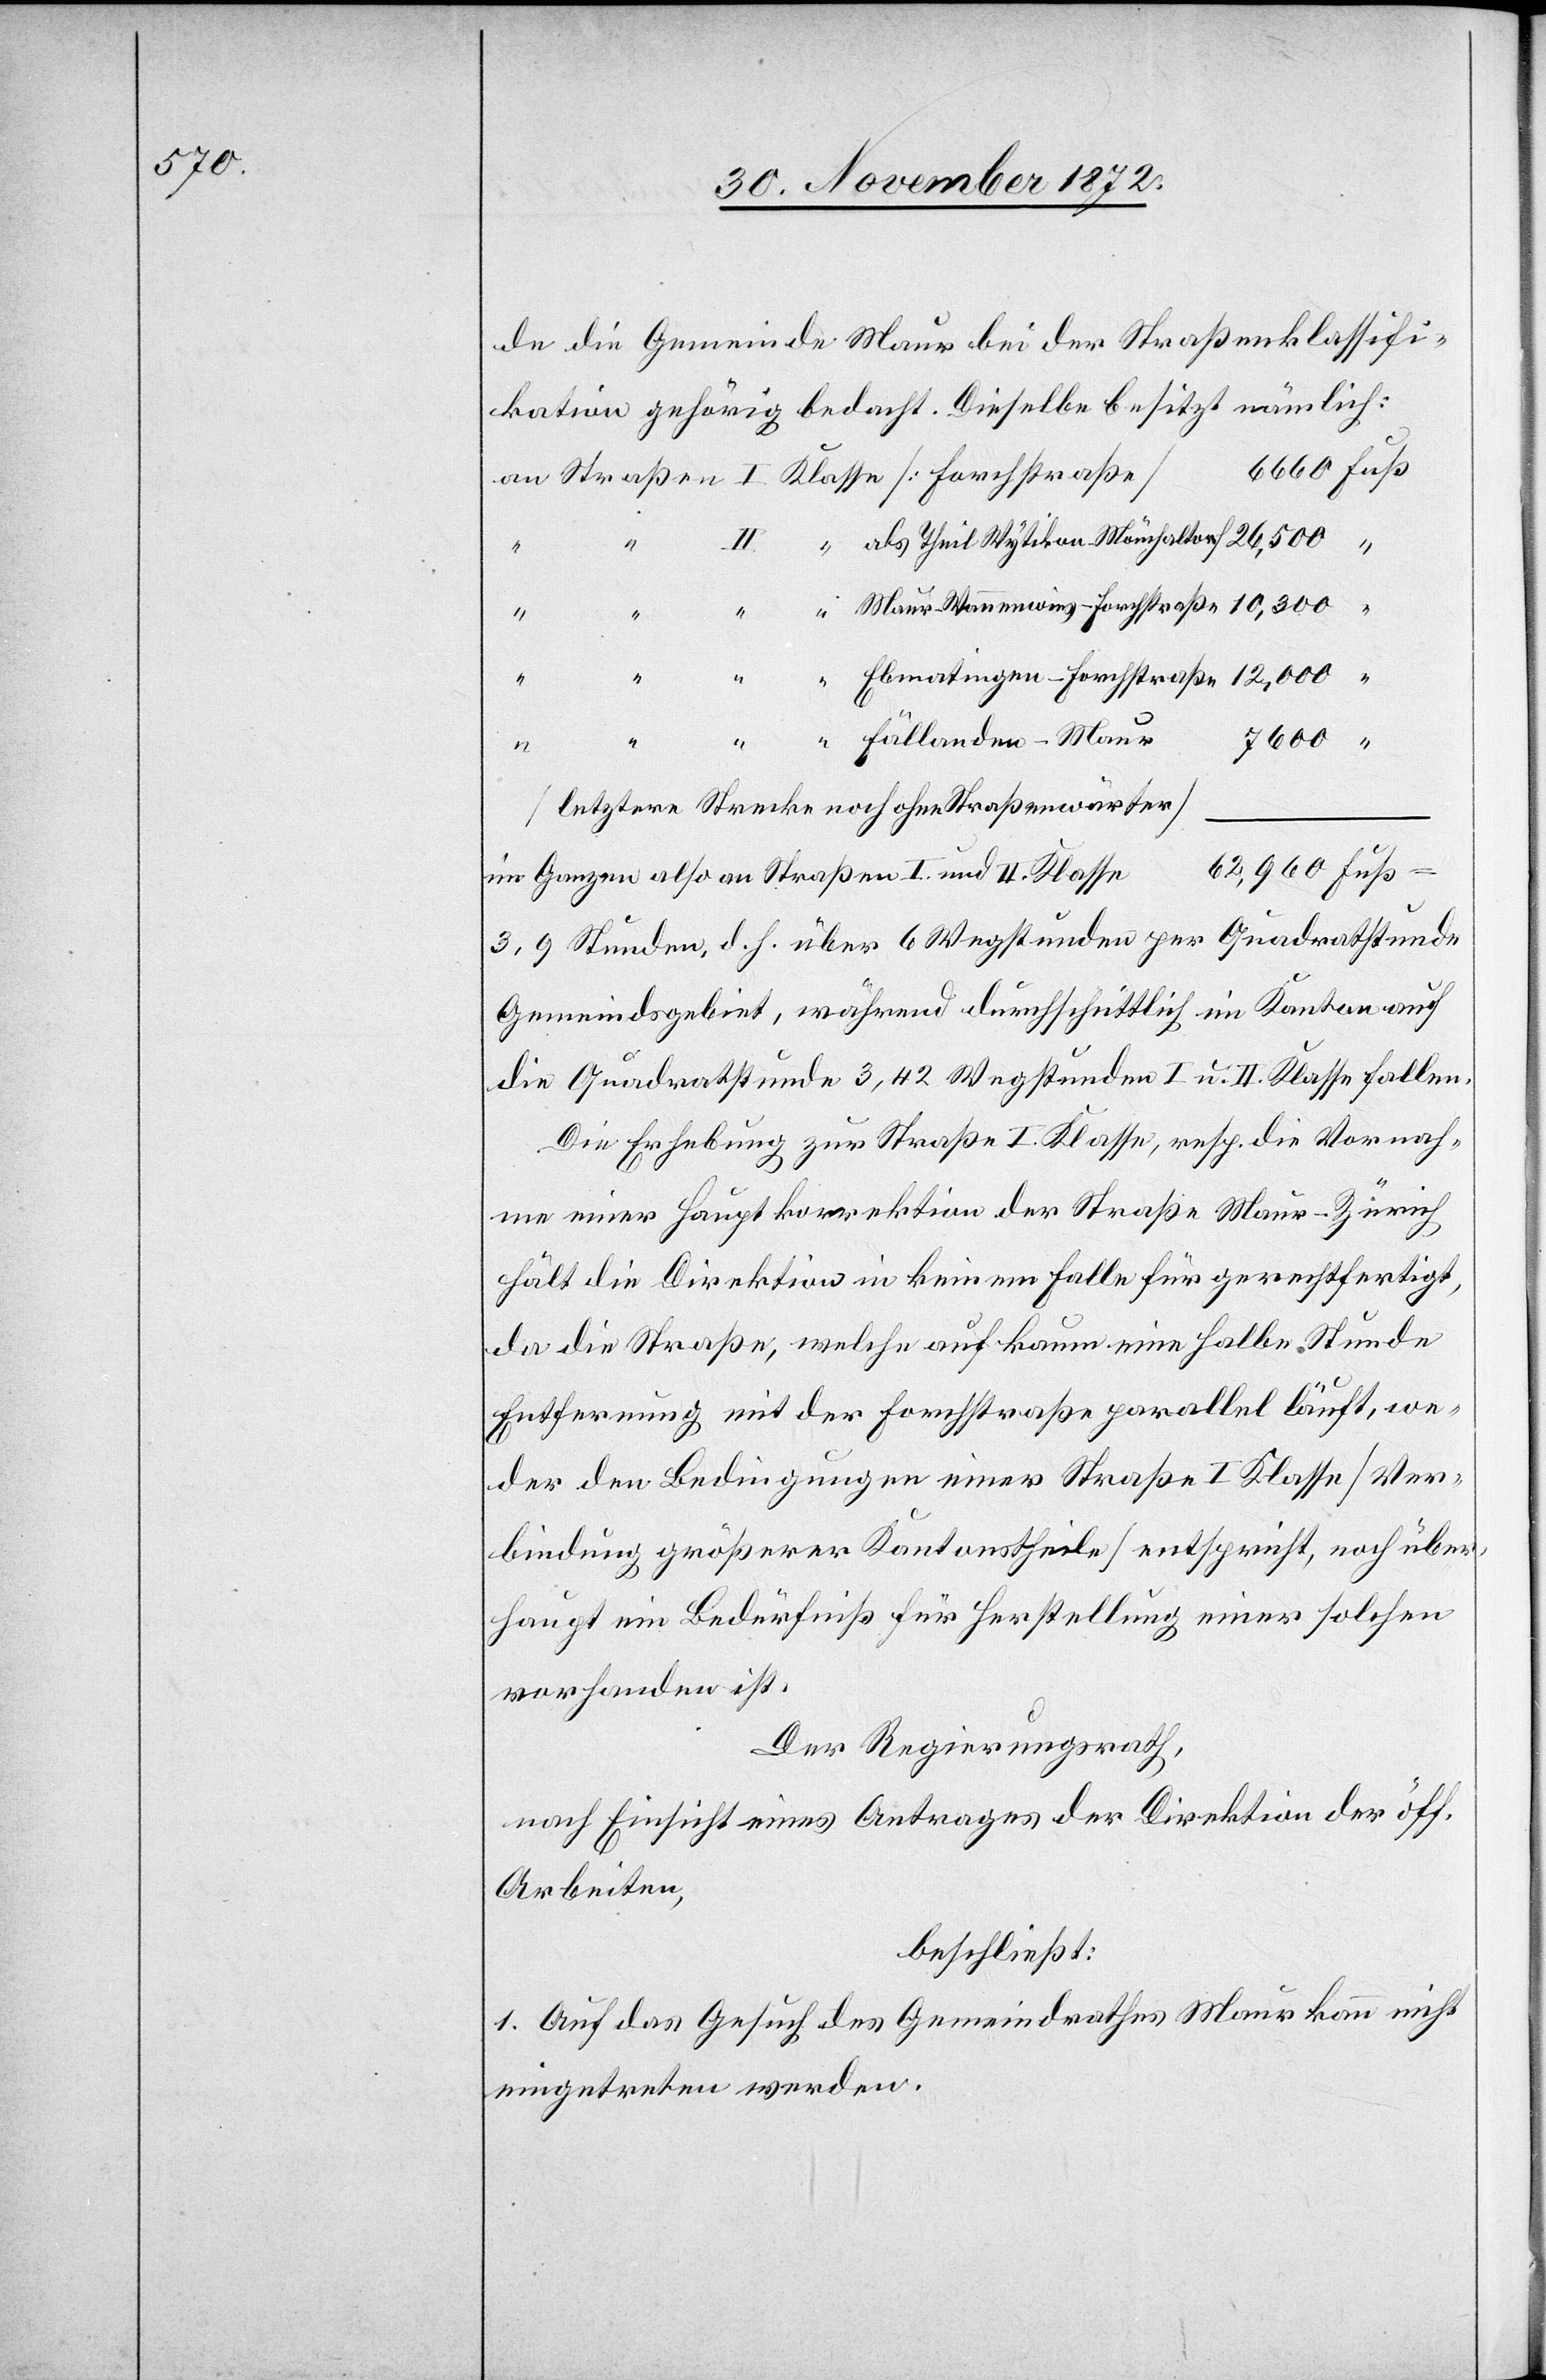
de die Gemeinde Maur bei der Straßenklassifi¬
kation gehörig bedacht. Dieselbe besitzt nämlich:
7600
“
[letztere Strecke noch ohne Straßenwärter]
als
im Ganzen also an Straßen I. und II. Klasse
3,9 Stunden, d. h. über 6 Wegstunden per Quadratstunde
Gemeindsgebiet, während durchschnittlich im Kanton auf
die Quadratstunde 3,42 Wegstunden I. u. II. Klasse fallen.
Die Erhebung zur Straße I. Klasse, resp. die Vornah¬
me einer Hauptkorrektion der Straße Maur–Zürich
hält die Direktion in keinem Falle für gerechtfertigt,
da die Straße, welche auf kaum eine halbe Stunde
Entfernung mit der Forchstraße parallel läuft, we¬
der den Bedingungen einer Straße I Klasse [Ver¬
bindung größerer Kantonstheile] entspricht, noch über¬
haupt ein Bedürfniß für Herstellung einer solchen
vorhanden ist.
Der Regierungsrath,
nach Einsicht eines Antrages der Direktion der öff.
Arbeiten,
beschließt:
1. Auf das Gesuch des Gemeindrathes Maur kann nicht
eingetreten werden.